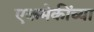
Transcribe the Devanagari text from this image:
एकमेकींच्या